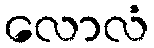
လောလံ